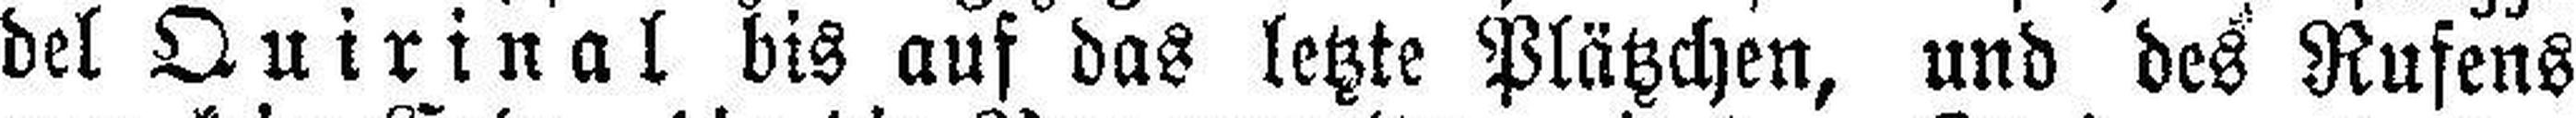
del Quirinal bis auf das letzte Plätzchen, und des Rufens